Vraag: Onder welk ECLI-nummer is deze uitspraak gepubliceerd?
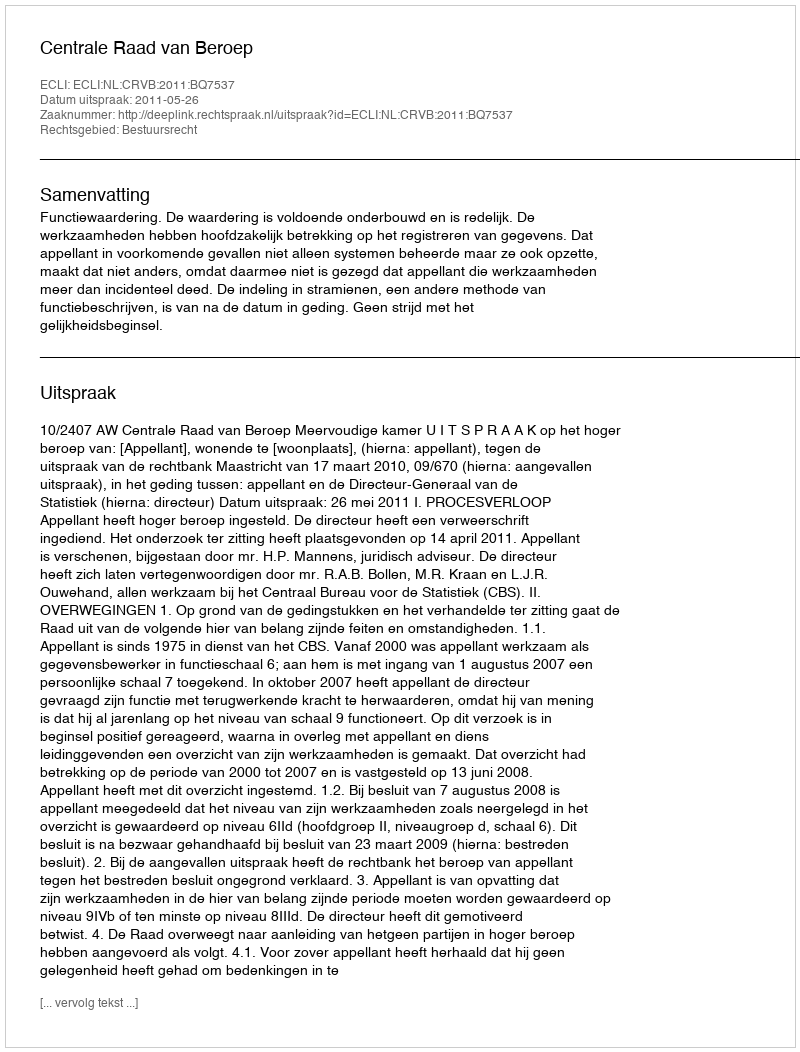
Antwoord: ECLI:NL:CRVB:2011:BQ7537